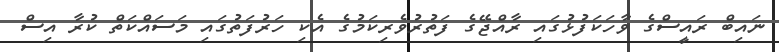
ނައިބް ރައީސްގެ ވާހަކަފުޅުގައި ރާއްޖޭގެ ފަތުރުވެރިކަމުގެ އެކި ހަރުފަތުގައި މަސައްކަތް ކުރާ އިސް